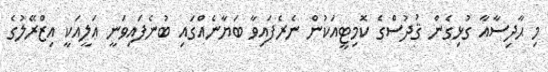
މި ޙާދިސާއާ ގުޅިގެން ޤުދުސްގެ ކޮމިޓީއަކުން ނެރެފައިވާ ބަޔާނެއްގައި ބުނެފައިވަނީ ޢަލީއަކީ އިޒްރޭލުގެ